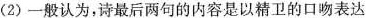
(2)一般认为，诗最后两句的内容是以精卫的口吻表达